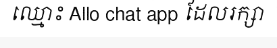
ឈ្មោះ Allo chat app ដែលរក្សា